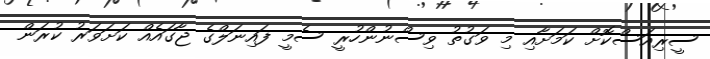
ސީރިއަސްކޮށް ކަމަށާއި މި ވަގުތު ވިސްނުންހުރީ ސެމީ ފައިނަލްގެ ޖާގައެއް ކަށަވަރު ކުރަން